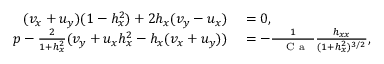
\begin{array} { r l } { ( v _ { x } + u _ { y } ) ( 1 - h _ { x } ^ { 2 } ) + 2 h _ { x } ( v _ { y } - u _ { x } ) } & { { } = 0 , } \\ { p - \frac { 2 } { 1 + h _ { x } ^ { 2 } } ( v _ { y } + u _ { x } h _ { x } ^ { 2 } - h _ { x } ( v _ { x } + u _ { y } ) ) } & { { } = - \frac { 1 } { \mathrm { ~ \textit ~ { ~ C ~ a ~ } ~ } } \frac { h _ { x x } } { ( 1 + h _ { x } ^ { 2 } ) ^ { 3 / 2 } } , } \end{array}